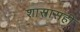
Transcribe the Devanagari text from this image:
शास्त्रासही